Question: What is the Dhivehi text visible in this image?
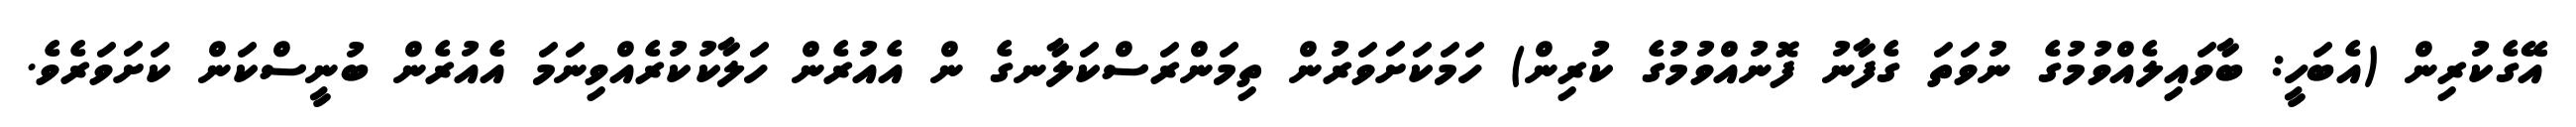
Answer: އޭގެކުރިން (އެބަހީ: ބާވައިލެއްވުމުގެ ނުވަތަ ގެފާނު ފޮނުއްވުމުގެ ކުރިން) ހަމަކަށަވަރުން ތިމަންރަސްކަލާނގެ ން އެއުރެން ހަލާކުކުރެއްވިނަމަ އެއުރެން ބުނީސްކަން ކަށަވަރެވެ.